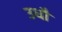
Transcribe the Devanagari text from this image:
उधौ